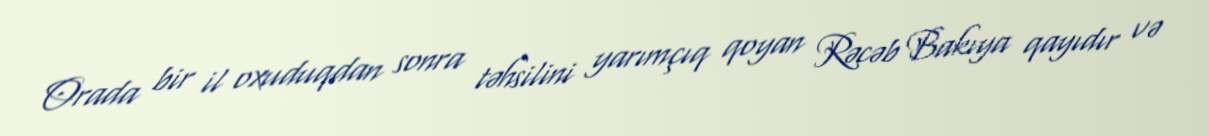
Orada bir il oxuduqdan sonra təhsilini yarımçıq qoyan Rəcəb Bakıya qayıdır və